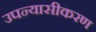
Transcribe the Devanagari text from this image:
उपन्‍यासीकरण